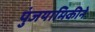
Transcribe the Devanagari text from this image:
पुंजयामिकीने